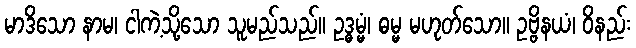
မာဒိသော နာမ၊ ငါကဲ့သို့သော သူမည်သည်။ ဥဒ္ဓမ္မံ၊ ဓမ္မ မဟုတ်သော။ ဥဗ္ဗိနယံ၊ ဝိနည်း